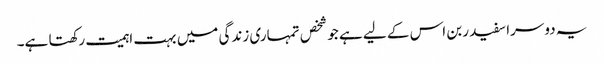
یہ دوسرا سفید ربن اس کے لیے ہے جو شخص تمہاری زندگی میں بہت اہمیت رکھتا ہے۔